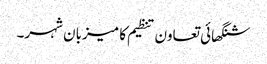
شنگھائی تعاون تنظیم کا میزبان شہر۔